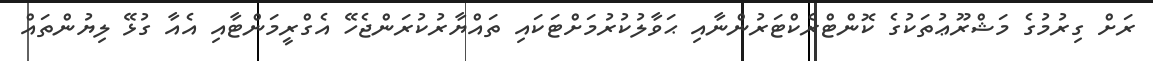
ރަށް ގިރުމުގެ މަޝްރޫޢުތަކުގެ ކޮންޓްރެކްޓަރުންނާއި ޙަވާލުކުރުމަށްޓަކައި ތައްޔާރުކުރަންޖެހޭ އެގްރީމަންޓާއި އެއާ ގުޅޭ ލިޔުންތައް